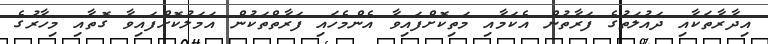
އިދާރާތަކާއި ދައުލަތުގެ ފަރާތުން އެކަމާއި މަތިކޮށްފައިވާ އެންމެހައި ފަރާތްތަކުން އަމަލުކޮށްފައިވާ ގޮތާއި މިހާރުގެ